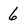
Character: 6